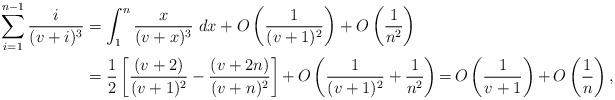
LaTeX: \begin{align*}\sum_{i=1}^{n-1} \frac{i}{(v+i)^3} &= \int_1^n \frac{x}{(v+x)^3} \ dx+ O\left(\frac{1}{(v+1)^2}\right)+ O\left(\frac{1}{n^2}\right) \\&= \frac{1}{2} \left[\frac{(v+2)}{(v+1)^2} - \frac{(v+2n)}{(v+n)^2}\right] {+}\, O\left(\frac{1}{(v+1)^2} + \frac{1}{n^2}\right){=}\, O\left(\frac{1}{v+1}\right){+}\, O\left(\frac{1}{n}\right),\end{align*}